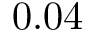
0 . 0 4